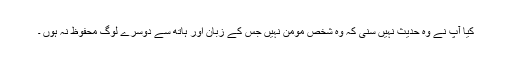
کیا آپ نے وہ حدیث نہیں سنی کہ وہ شخص مومن نہیں جس کے زبان اور ہاتھ سے دوسرے لوگ محفوظ نہ ہوں ۔